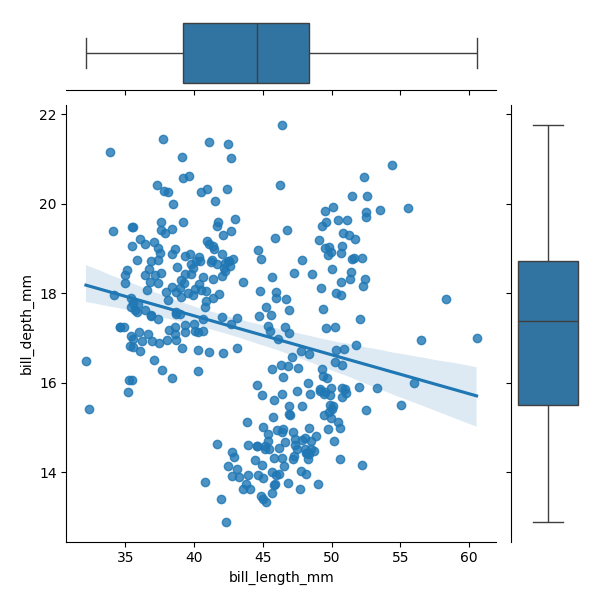
python, seaborn, JointGrid, regplot, boxplot